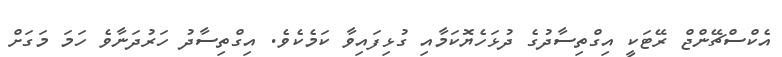
އެކްސްޗޭންޖް ރޭޓަކީ އިގްތިސާދުގެ ދުޅަހެޔޮކަމާއި ގުޅިފައިވާ ކަމެކެވެ. އިގްތިސާދު ހަރުދަނާވެ ހަމަ މަގަށް